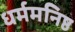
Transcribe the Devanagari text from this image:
धर्ममनिष्ठ